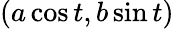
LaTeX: (a\cos t,b\sin t)